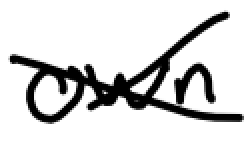
Text: own
Cross-out: cross
Writing tool: digital_black